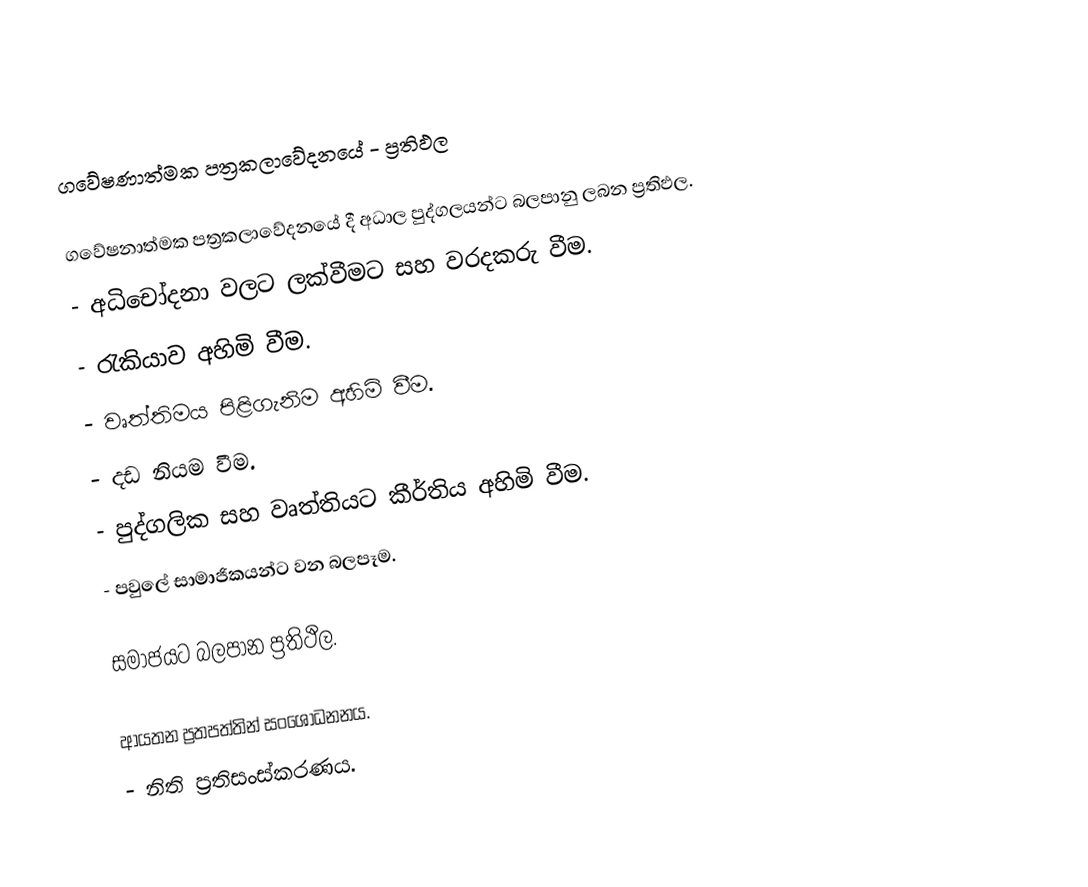
ගවේෂණාත්මක පත්‍රකලාවේදනයේ - ප්‍රතිඵල

ගවේෂනාත්මක පත්‍රකලාවේදනයේ දී අධාල පුද්ගලයන්ට බලපානු ලබන ප්‍රතිඵල.
- අධිචෝදනා වලට ලක්වීමට සහ වරදකරු වීම.
- රැකියාව අහිමි වීම.
- වෘත්තිමය පිළිගැනිම අහිමි වීම.
- දඩ නියම වීම.
- පුද්ගලික සහ වෘත්තියට කීර්තිය අහිමි වීම.
- පවුලේ සාමාජිකයන්ට වන බලපෑම.

සමාජයට බලපාන ප්‍රතිථිල.

ආයතන ප්‍රතපත්තින් සංශෝධනනය.
-	නිති ප්‍රතිසංස්කරණය.